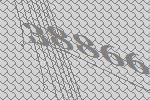
38866